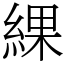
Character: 綶